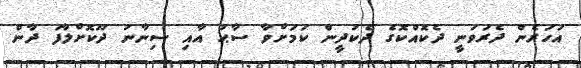
އަހަރެން ދެރަވަނީ ދެކޮއްކޮގެ ދެކުދީން ކަމަށްވާ ސާޙު އާއި ސިނާނު ދޫކޮށްލާފަ ދާން